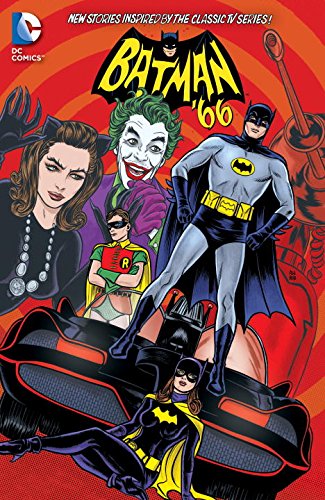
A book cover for Batman '66 Vol. 3; Jeff Parker; Comics & Graphic Novels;